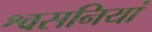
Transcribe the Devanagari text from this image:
श्वसनियां